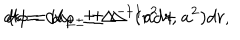
d t = d u _ { \pm } \pm \Delta ^ { - 1 } ( r ^ { 2 } + a ^ { 2 } ) d r , \hspace { 1 c m } d \phi = d \varphi _ { \pm } \pm \Delta ^ { - 1 } a d r ,